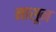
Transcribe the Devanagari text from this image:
नासून